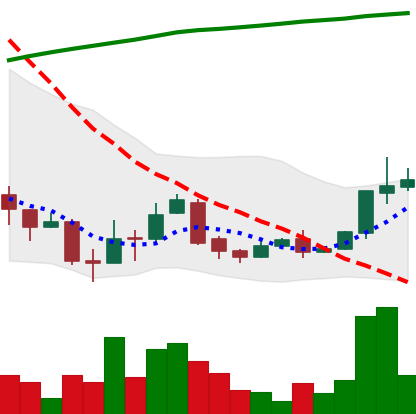
Ticker: XLM-USD
Chart end date: 2018-04-14
Forward return: 46.058%
Label: up_7plus